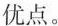
优点。